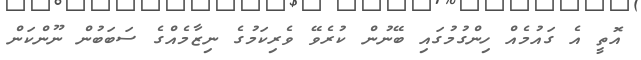
އޮތީ އެ ގައުމެއް ހިންގުމުގައި ބޭނުން ކުރެވޭ ވެރިކަމުގެ ނިޒާމެއްގެ ސަބަބުން ނޫންކަން